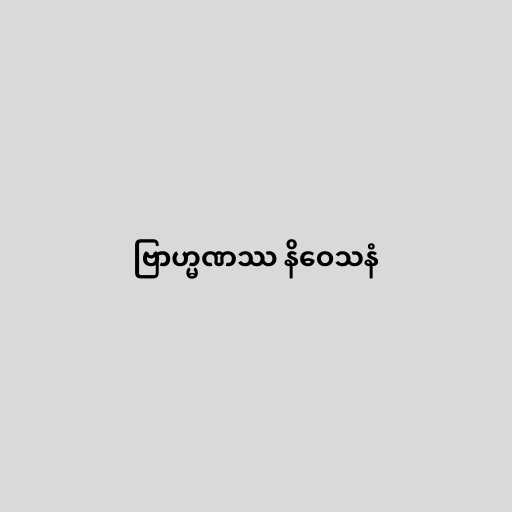
ဗြာဟ္မဏဿ နိဝေသနံ